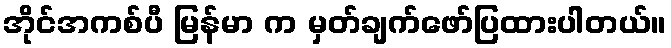
အိုင်အကစ်ပီ မြန်မာ က မှတ်ချက်ဖော်ပြထားပါတယ်။